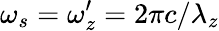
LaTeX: \omega_{s}=\omega_{z}^{\prime}=2\pi c/\lambda_{z}